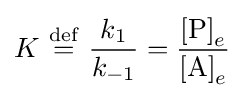
K\ {\stackrel {\mathrm {def} }{=}}\ {\frac {k_{1}}{k_{-1}}}={\frac {\left[{\ce {P}}\right]_{e}}{\left[{\ce {A}}\right]_{e}}}